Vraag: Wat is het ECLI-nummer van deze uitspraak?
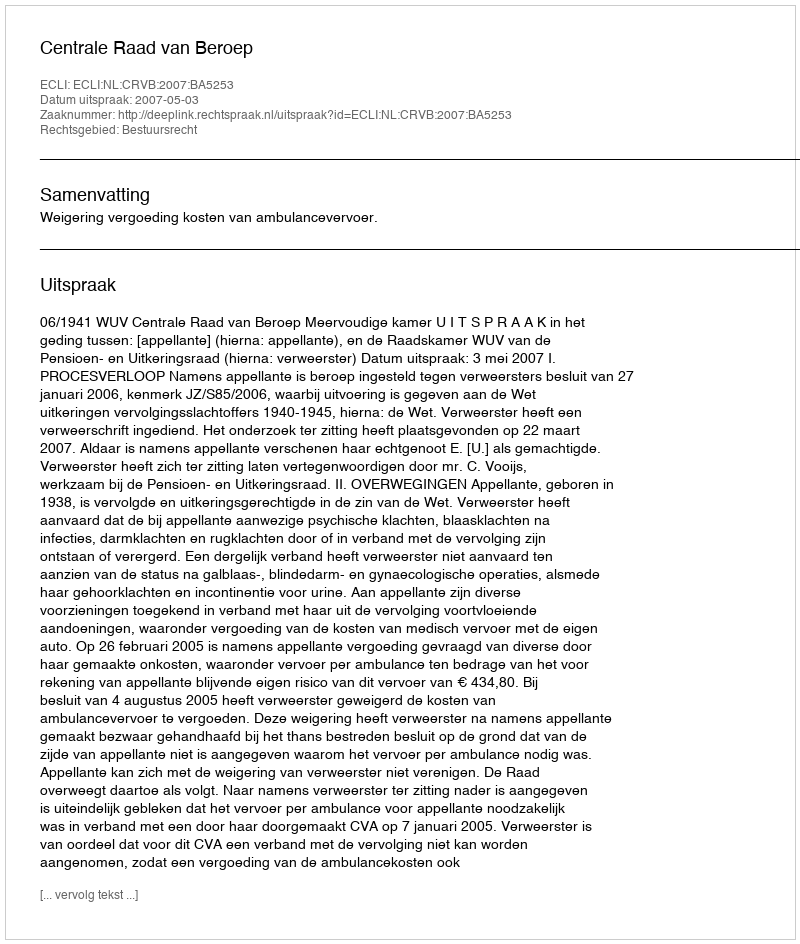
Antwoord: ECLI:NL:CRVB:2007:BA5253